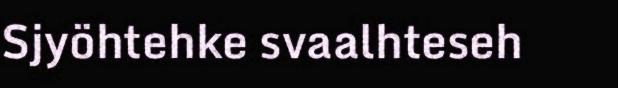
Sjyöhtehke svaalhteseh